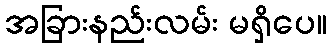
အခြားနည်းလမ်း မရှိပေ။